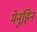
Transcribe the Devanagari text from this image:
मेनूहिन